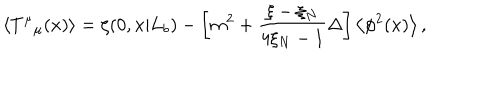
\left< T ^ { \mu } { } _ { \mu } ( x ) \right> = \zeta ( 0 , x | L _ { b } ) - \left[ m ^ { 2 } + \frac { \xi - \xi _ { N } } { 4 \xi _ { N } - 1 } \Delta \right] \left< \phi ^ { 2 } ( x ) \right> ,